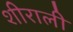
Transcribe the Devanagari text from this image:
शीराली